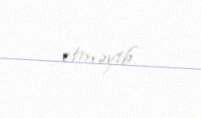
etməyib.